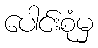
ပေါင်းစုံမှ